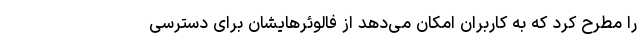
را مطرح کرد که به کاربران امکان می‌دهد از فالوئرهایشان برای دسترسی